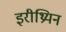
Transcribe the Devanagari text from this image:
इरीथ्रियन